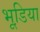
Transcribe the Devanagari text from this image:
भूडि़या